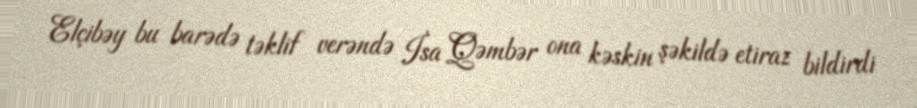
Elçibəy bu barədə təklif verəndə İsa Qəmbər ona kəskin şəkildə etiraz bildirdi